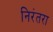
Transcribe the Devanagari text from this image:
निरंतरा